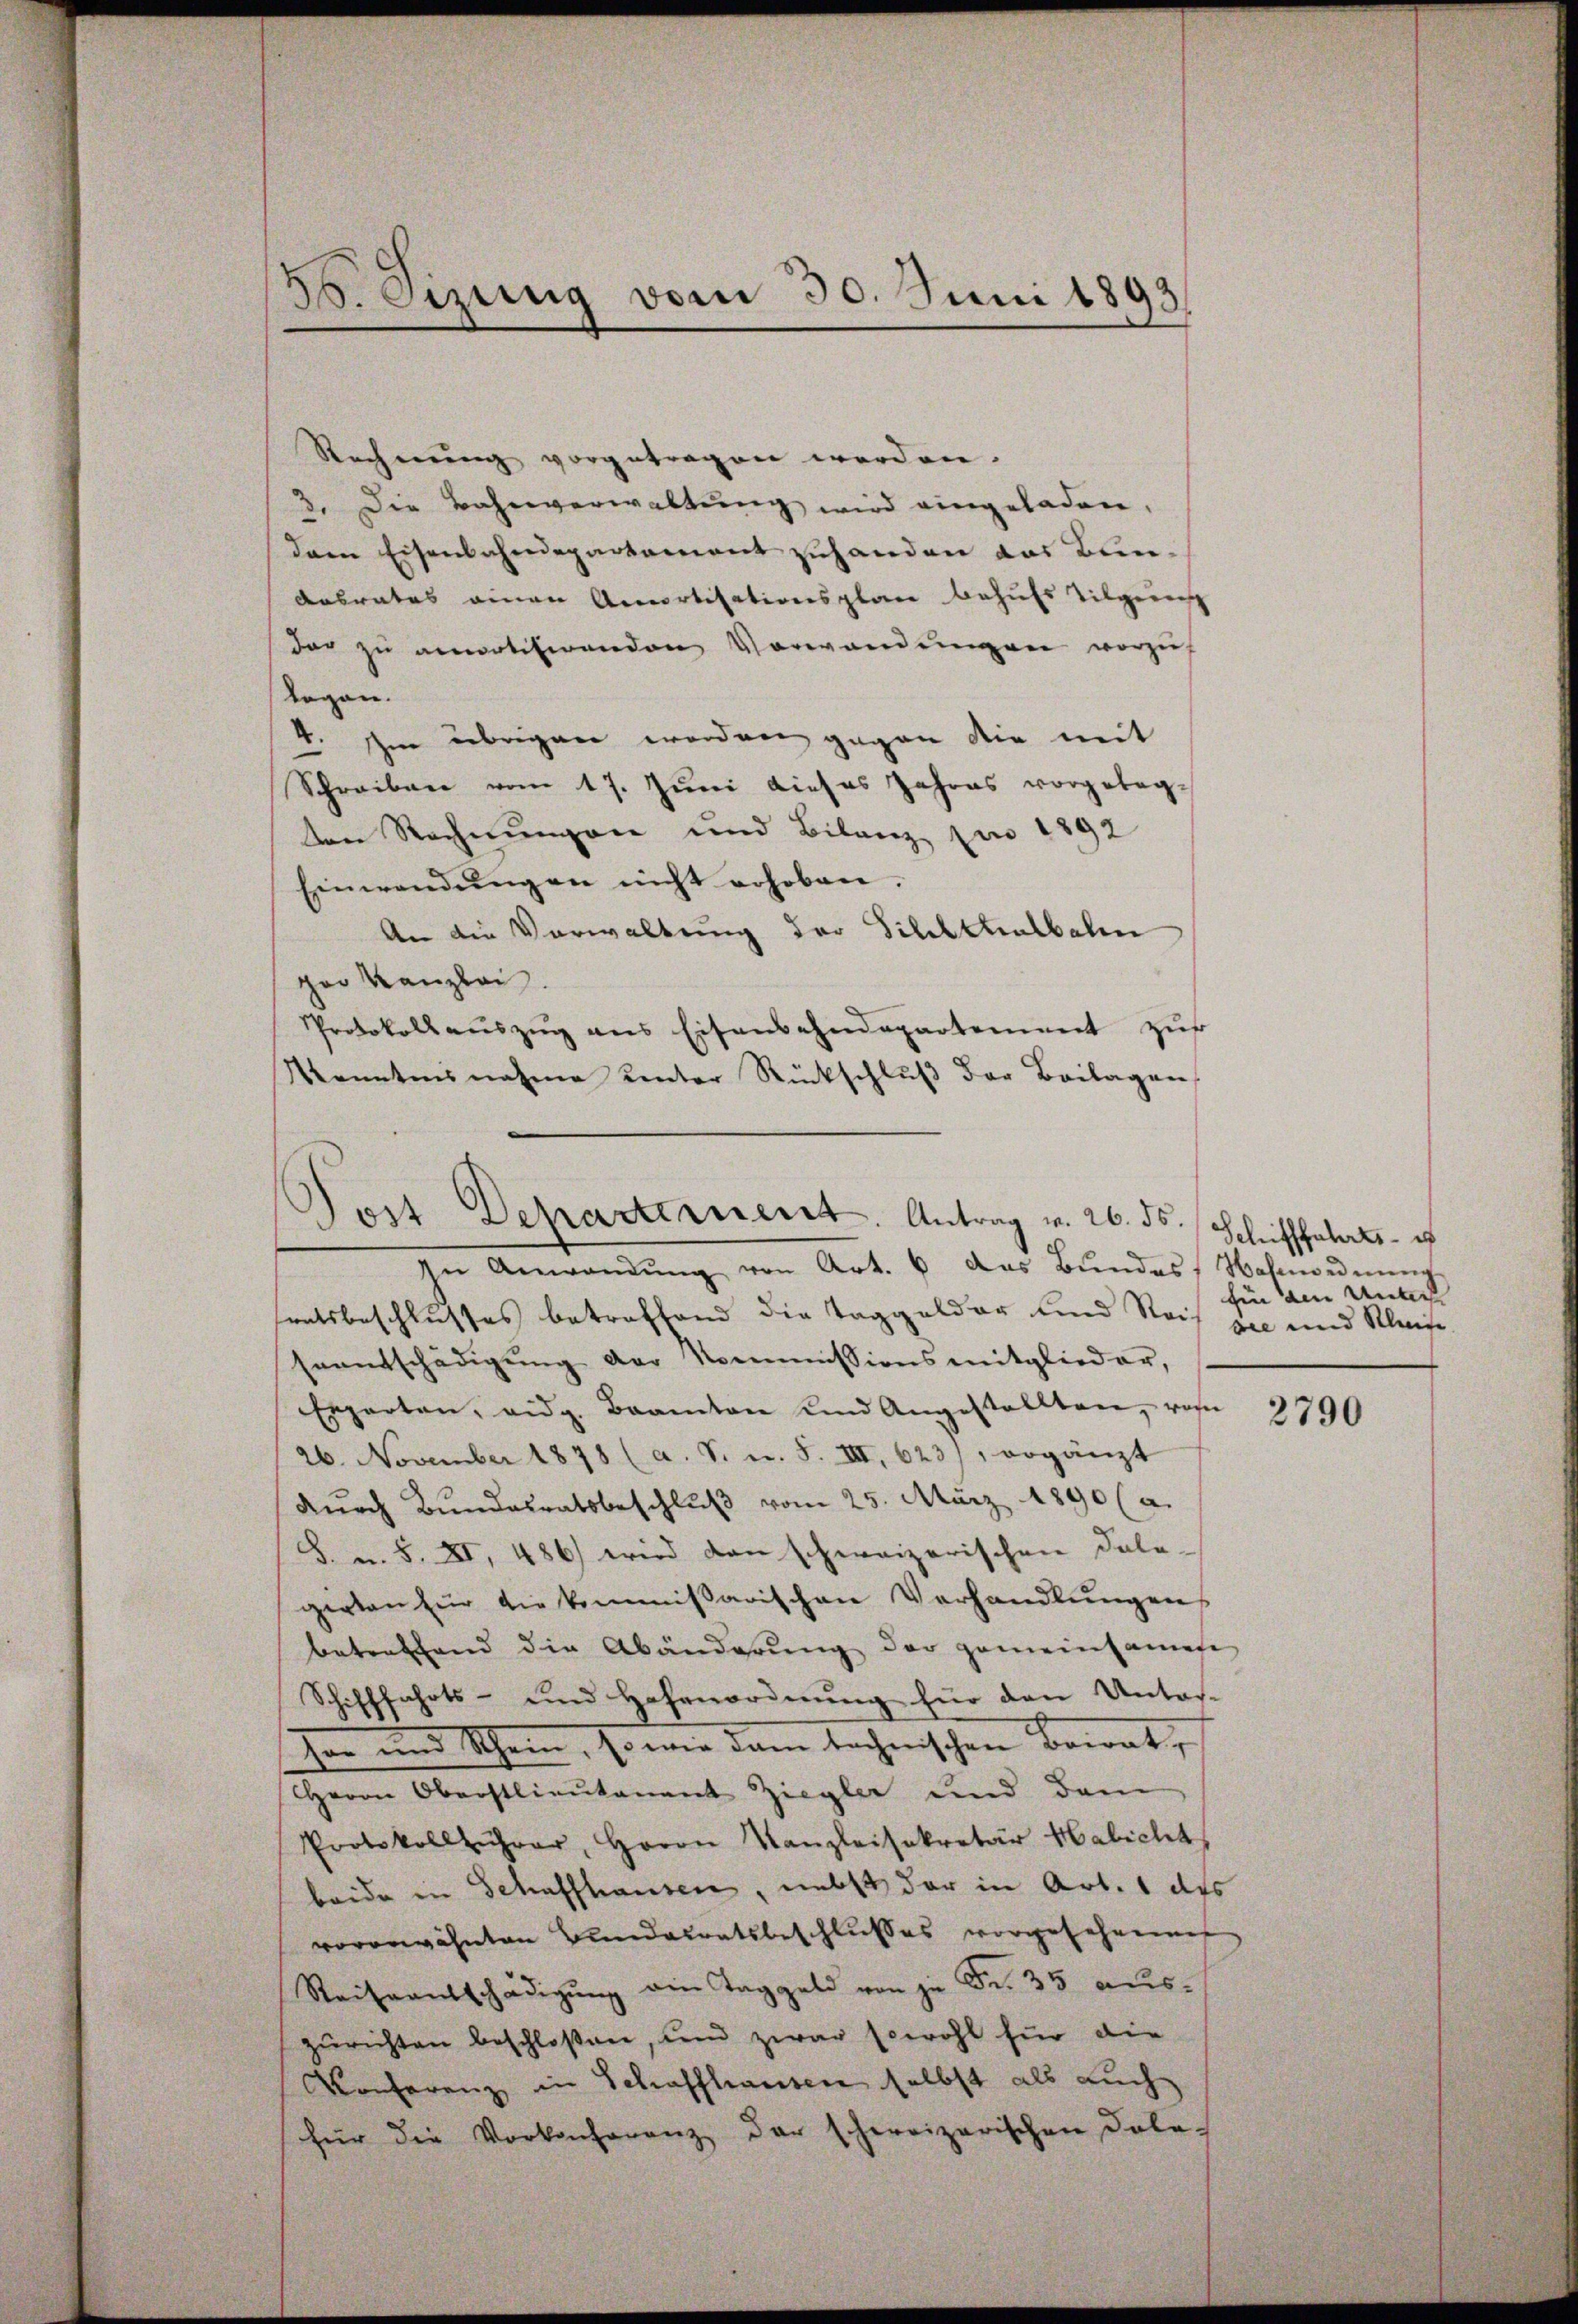
86. Sizung vom 30. Juni 1893

Rechnŭng vorgetragen werden.
3. Die Bahnverwaltung wird eingeladen,
dem Eisenbahndepartement zuhanden das Bun¬
Aabrates einen Amortisationsplan behufs Tilgemeis
dar zu amortitirenden Vorwandungen vorzus
legen.
2. Im übrigen worden gegen die mit
Schreiben vom 17. Juni dieses Jahres vorgetagten Rechnungen und Bilanz pro 1892
Einwendŭngen nicht erhoben.
An die Verwaltung der Silchthalbahn
ger Kanzlei.
Protokoll aŭszŭg ans Eisenbahndepartement zur
Kenntnisnahme unter Rückschluß der Beilagen
In Anwendŭng von Art. 6 das Bŭndes Wohnordnŭng
sratsbeschlusses betreffend die Taggelder und Reis die und Kleine
seentschädigŭng der Kommissionsmitglieder,
Erparten, eidg. Beamten und Angestellten, wohn
26. November 1878 (a. S. n. F. VIII, 623), vorgänzt
dŭrch Bŭndesratsbeschlŭβ vom 25. März 1890 (a.
S. u. S. XI, 486) wird den schweizerischen Dele-
gerten für die kommissarischen Verhandlungen
betreffend die Abänderŭng der gemeinsamese
Schifffahrts- und Hohenordnung für den Unter-
Ion und Schein, so wir dem technischen Bewat,
Herrn Oberstlieutenant Ziegler und dem
Protokollführer, Herrn Kanzleisekretär Habicht
beide in Schaffhausen, nebst der in Art. 1 des
vorerwähnten Bundesratsbeschlusses vorgesehnenes
Saisantschädigŭng ein Taggeld von je Fr. 35 auszurichten beschloßen, und zwar sowohl für die
Konferenz in Schaffhausen selbst als auch
für die Vorkonferenz der schweizerischen Dole-

Post Departement. Antrag v. 26. ds. (Schifffahrts- u

fin den Unter

2790